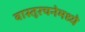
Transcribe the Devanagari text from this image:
वास्तूरचनेमध्ये